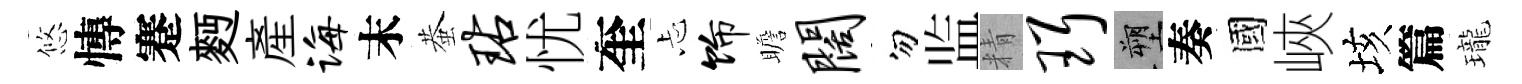
悠慱蹇麪産诲末蛬玷忧奎忐饰瞻阔勿监精珥塑奏國峽垓篇瓏